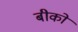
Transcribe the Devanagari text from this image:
बीको